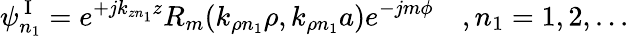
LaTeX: \psi_{n_{1}}^{\mathrm{~I~}}=e^{+jk_{zn_{1}}z}R_{m}(k_{\rho n_{1}}\rho,k_{\rho n_{1}}a)e^{-jm\phi}\quad,n_{1}=1,2,...